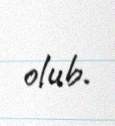
olub.